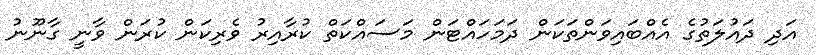
އަދި ދައުލަތުގެ އެއްބައިވަންތަކަން ދަމަަހައްޓަން މަަސައްކަތް ކުރާއިރު ވެރިކަން ކުރަން ވާނީ ގާނޫނު